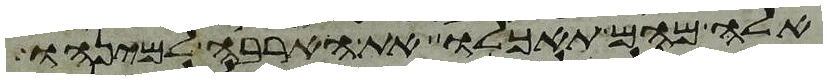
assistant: אלה מהם תאכלו את הארבה למינהו